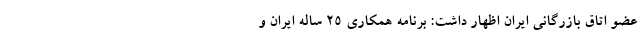
عضو اتاق بازرگانی ایران اظهار داشت: برنامه همکاری 25 ساله ایران و